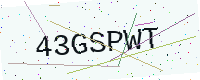
Text: 43GSPWT